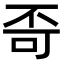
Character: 𪜄